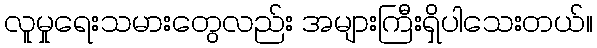
လူမှုရေးသမားတွေလည်း အများကြီးရှိပါသေးတယ်။